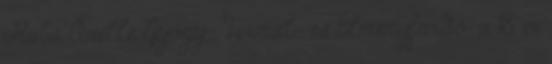
Rába Quelle Gyógy-, Termál- és Élményfürdő: a 18 év